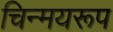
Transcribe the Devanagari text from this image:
चिन्मयरूप